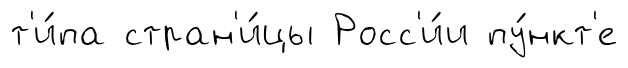
т'и́па стран'и́цы Росс'и́и пу́нкт'е